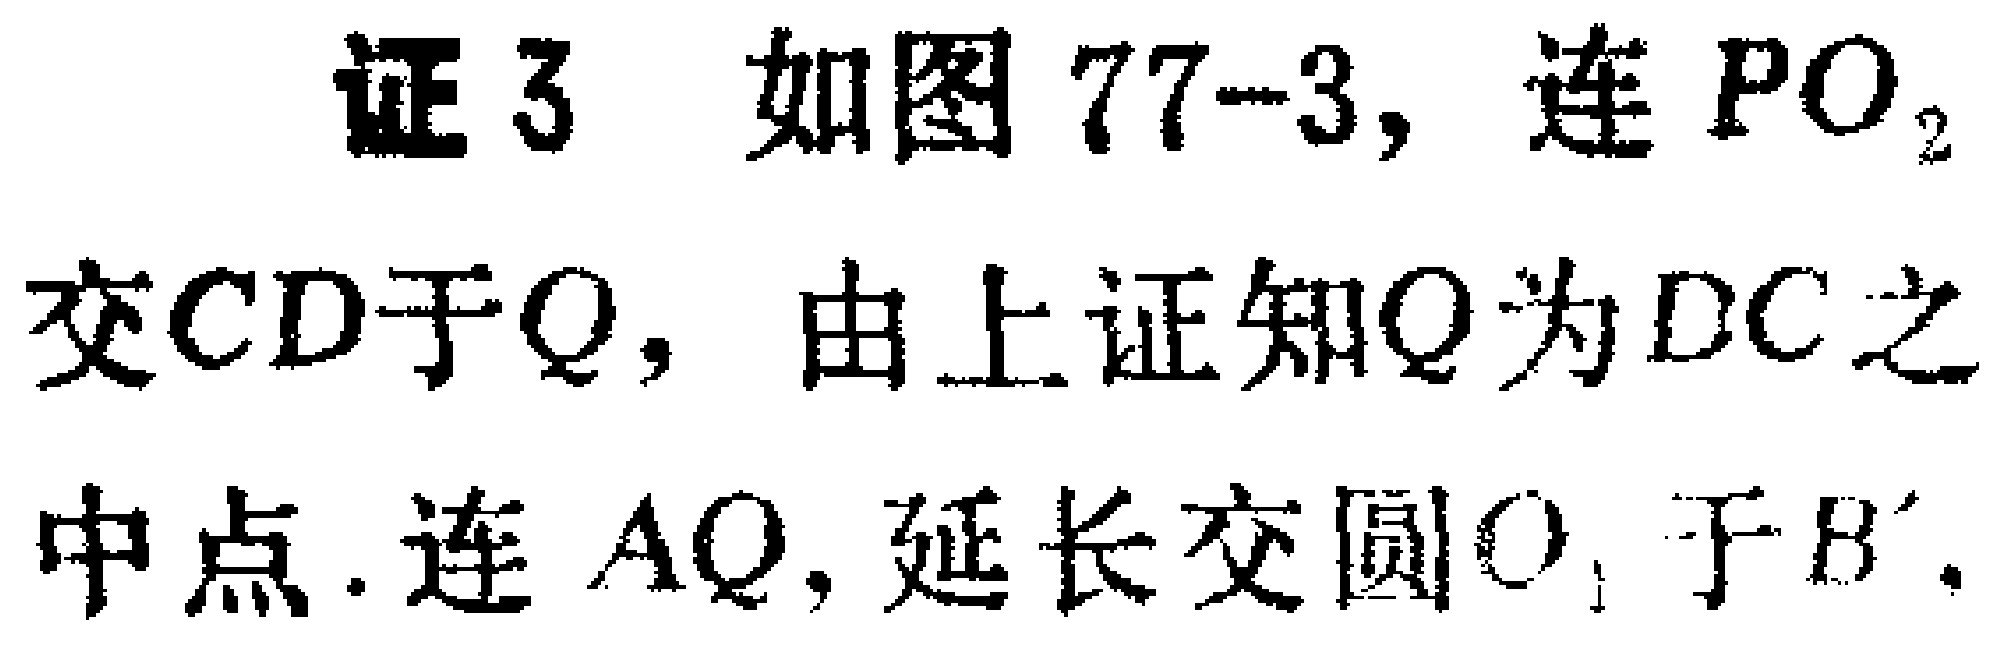
证 3. 如图 77-3, 连 \(PO_{2}\)
交 \(CD\)于 \(Q\), 由上证知 \(Q\)为 \(DC\)之
中点. 连 \(AQ\), 延长交圆 \(O_{1}\)于 \(B'\).